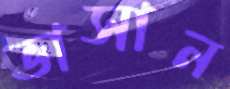
ভাসান